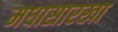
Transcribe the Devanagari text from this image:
मधासारखा